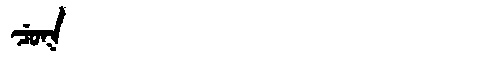
Manchu: ᠴᡠᡴ
Romanization: CUK